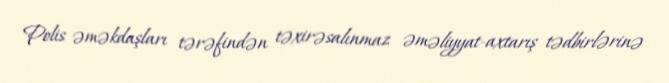
Polis əməkdaşları tərəfindən təxirəsalınmaz əməliyyat-axtarış tədbirlərinə